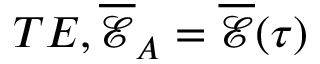
T E , \overline { { \mathcal { E } } } _ { A } = \overline { { \mathcal { E } } } ( \tau )